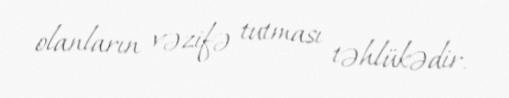
olanların vəzifə tutması təhlükədir.